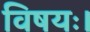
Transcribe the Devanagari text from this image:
विषयः।